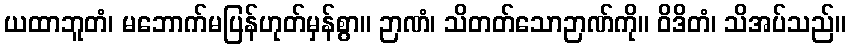
ယထာဘူတံ၊ မဘောက်မပြန်ဟုတ်မှန်စွာ။ ဉာဏံ၊ သိတတ်သောဉာဏ်ကို။ ဝိဒိတံ၊ သိအပ်သည်။